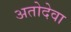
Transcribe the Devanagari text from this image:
अतोदेवा